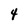
Character: 4